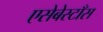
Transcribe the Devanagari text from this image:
एसेबेस्टाँस